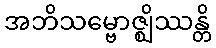
အဘိသမ္ဗောဇ္ဈိဿန္တိ